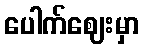
ပေါက်ဈေးမှာ